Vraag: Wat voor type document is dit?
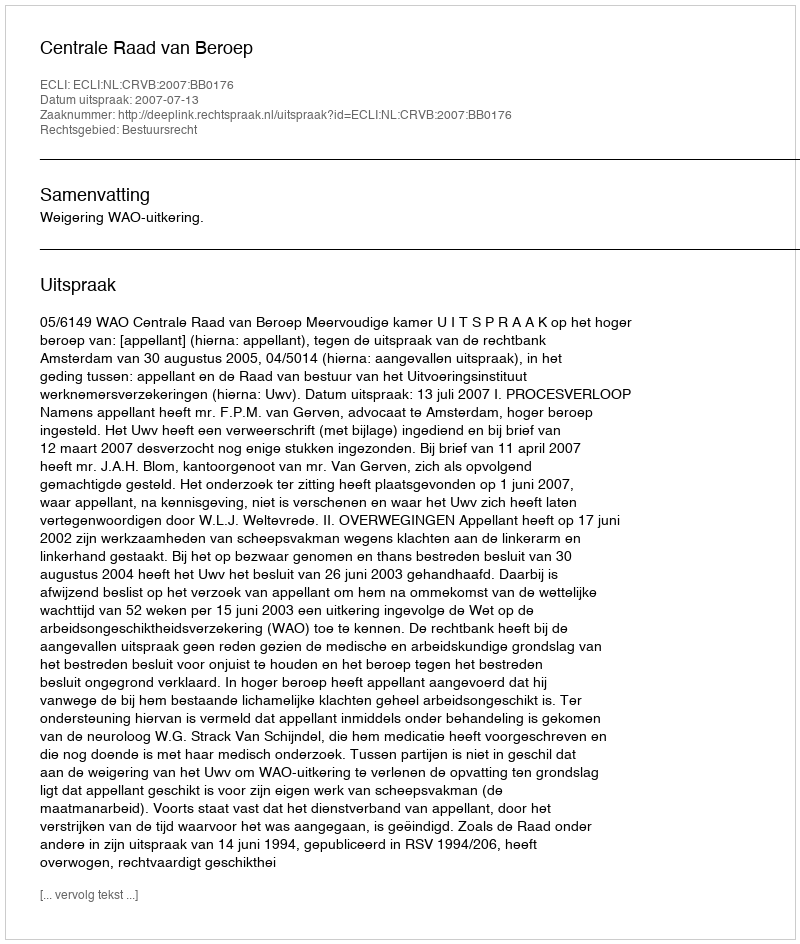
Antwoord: Uitspraak